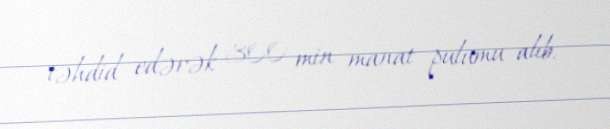
təhdid edərək 300 min manat pulumu alıb.